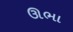
ઊભા